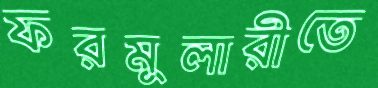
ফরমুলারীতে